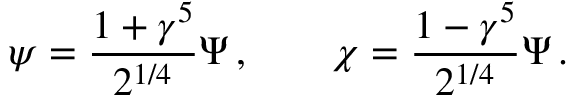
\psi = \frac { 1 + \gamma ^ { 5 } } { 2 ^ { 1 / 4 } } \Psi \, , \qquad \chi = \frac { 1 - \gamma ^ { 5 } } { 2 ^ { 1 / 4 } } \Psi \, .